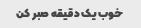
خوب یک دقیقه صبر کن